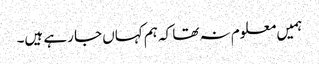
ہمیں معلوم نہ تھا کہ ہم کہاں جا رہے ہیں۔